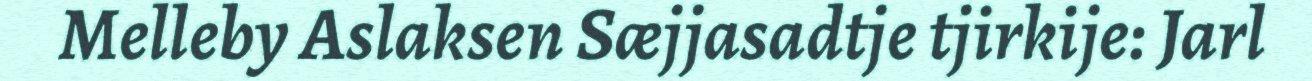
Melleby Aslaksen Sæjjasadtje tjirkije: Jarl